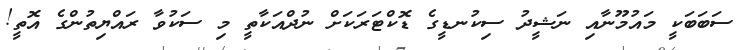
ސަބަބަކީ މައުމޫނާއި ނަޝީދު ސިކުނޑީގެ ޑޮކްޓަރަކަށް ނުދްއަކާތީ މި ސަކުވާ ރައްޔިތުންގެ އޮތީ!